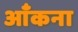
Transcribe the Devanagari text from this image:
आँकना